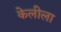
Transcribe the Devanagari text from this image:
केलीला